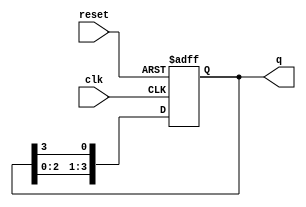
module ring_counter #(parameter n = 4) (
    input wire clk,          // Clock signal
    input wire reset,        // Asynchronous reset signal
    output reg [n-1:0] q     // Output state of the ring counter
);

// Initial state
initial begin
    q = 1'b1; // Initialize the first flip-flop to '1' and others to '0'
end

// Always block triggered on the rising edge of the clock or the reset signal
always @(posedge clk or posedge reset) begin
    if (reset) begin
        q <= 1'b1; // Reset the counter to the initial state
    end else begin
        // Shift the '1' to the left, wrapping around
        q <= {q[n-2:0], q[n-1]}; // Shift left and wrap the last bit to the first
    end
end

endmodule